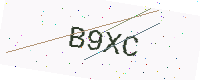
Text: B9XC